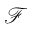
\mathcal { F }